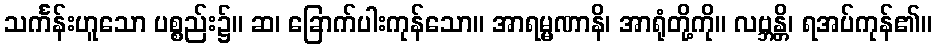
သင်္ကန်းဟူသော ပစ္စည်း၌။ ဆ၊ ခြောက်ပါးကုန်သော။ အာရမ္မဏာနိ၊ အာရုံတို့ကို။ လဗ္ဘန္တိ၊ ရအပ်ကုန်၏။